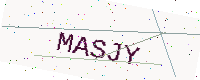
Text: MASJY